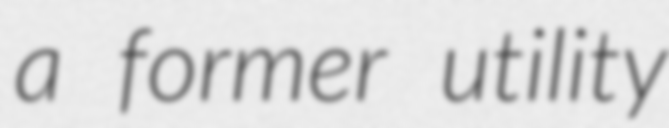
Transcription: a former utility